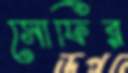
সোফির